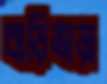
বাড়িভাড়া